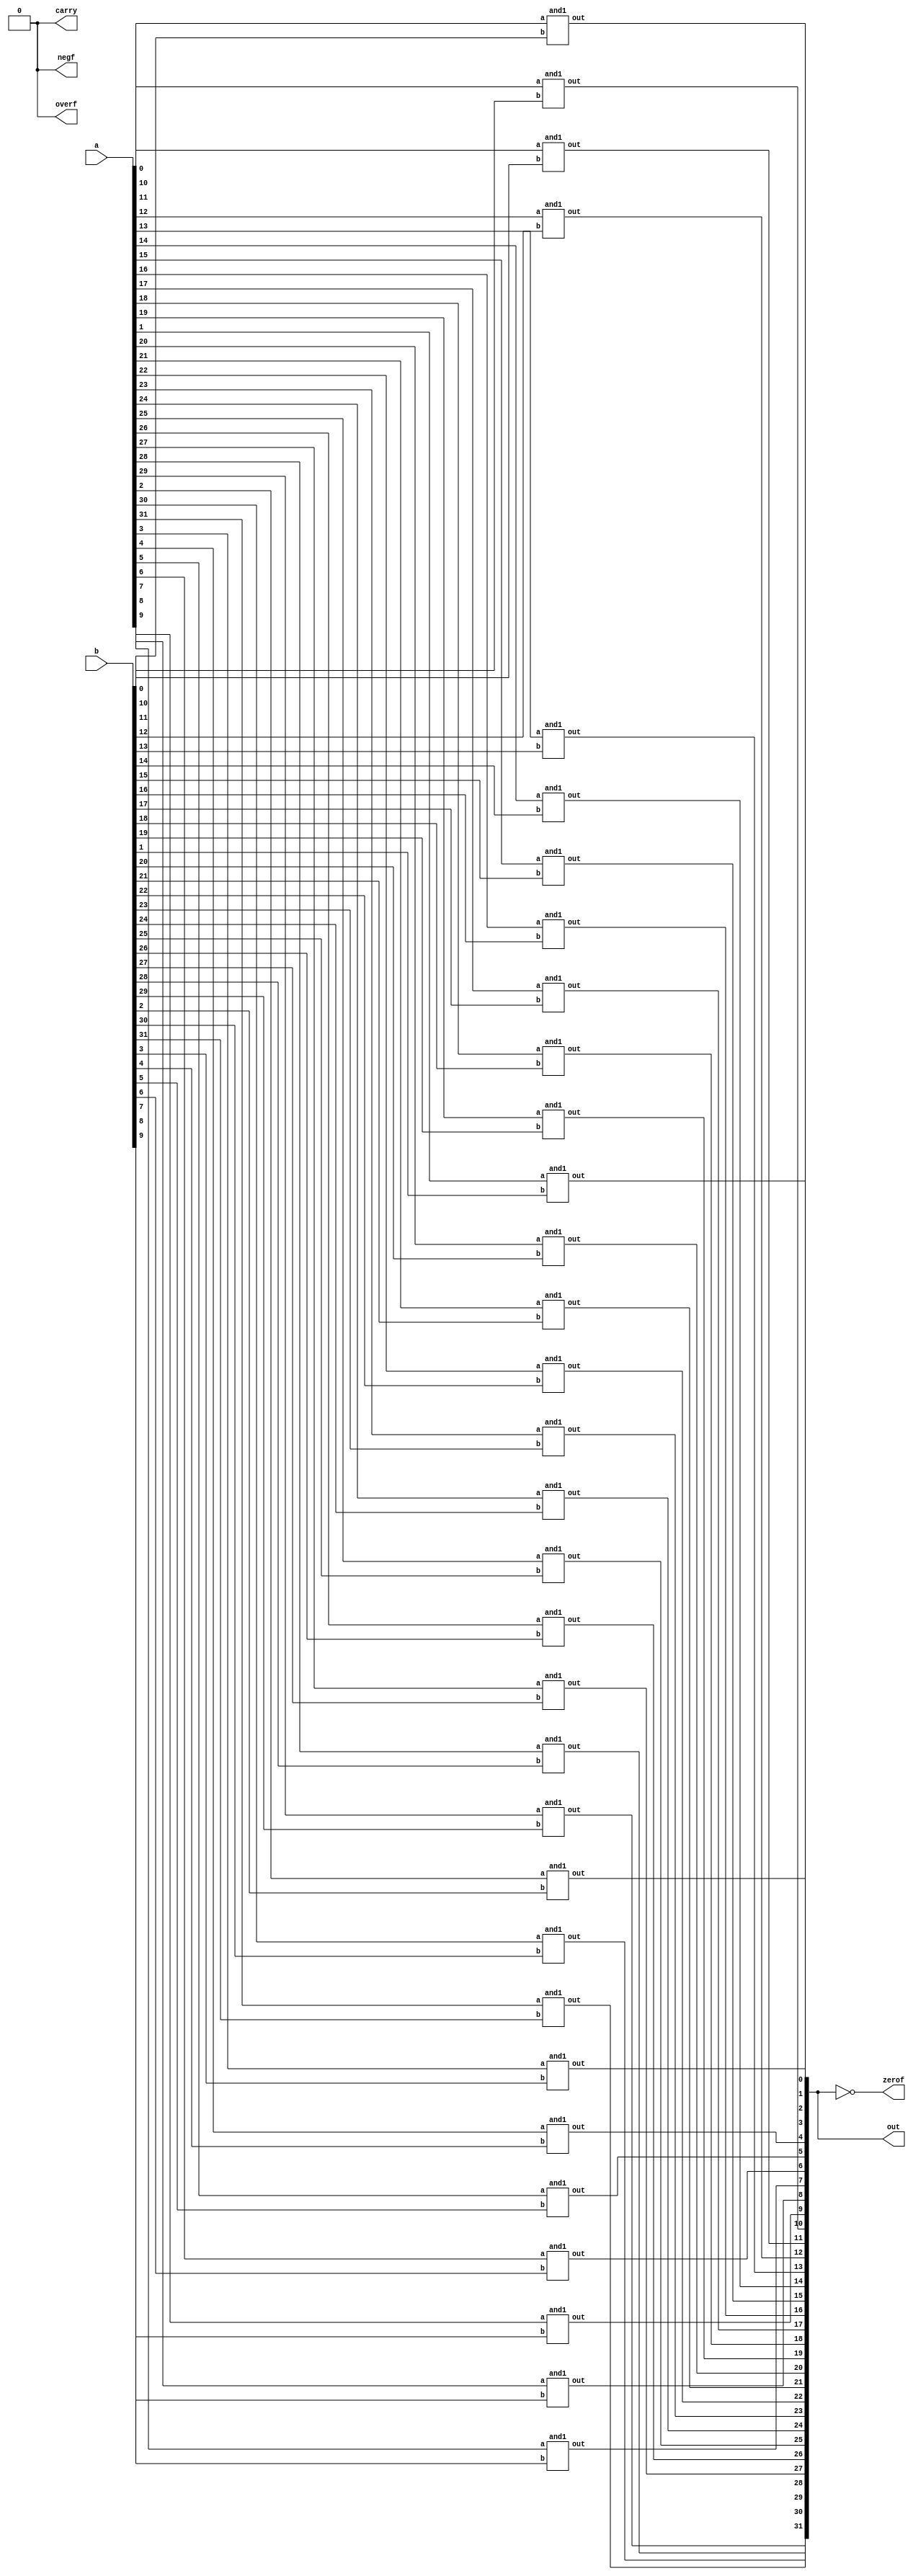
module andRTL(a,b,out,zerof,negf,overf,carry);
	input  [31:0] a, b;
	output  [31:0] out;
	output  zerof,negf,overf,carry;

	generate
	genvar i;
	 for (i = 0; i < 32; i = i + 1)
	 begin: andLogic
			and1 o(a[i],b[i],out[i]);
		
	end
	endgenerate
	assign zerof = (out ==  32'b0);
	assign negf = 0;
	assign overf = 0;
	assign carry = 0;
endmodule


module and1(a,b,out);

	input a,b;
	output  out;
	
	assign out = a*b;

	
endmodule